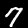
Digit: 7